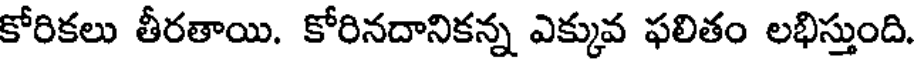
కోరికలు తీరతాయి. కోరినదానికన్న ఎక్కువ ఫలితం లభిస్తుంది.